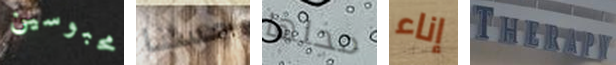
محبوسين حسنا محلها إناء THERAPY